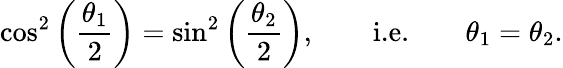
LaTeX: \cos^{2}\left(\frac{\theta_{1}}{2}\right)=\sin^{2}\left(\frac{\theta_{2}}{2}\right),\qquad\textnormal{i.e.}\qquad\theta_{1}=\theta_{2}.